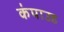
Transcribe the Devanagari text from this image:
कंपाउड